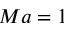
M a = 1